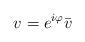
LaTeX: \begin{align*}v=e^{i\varphi}\bar{v}\end{align*}